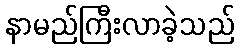
နာမည်ကြီးလာခဲ့သည်